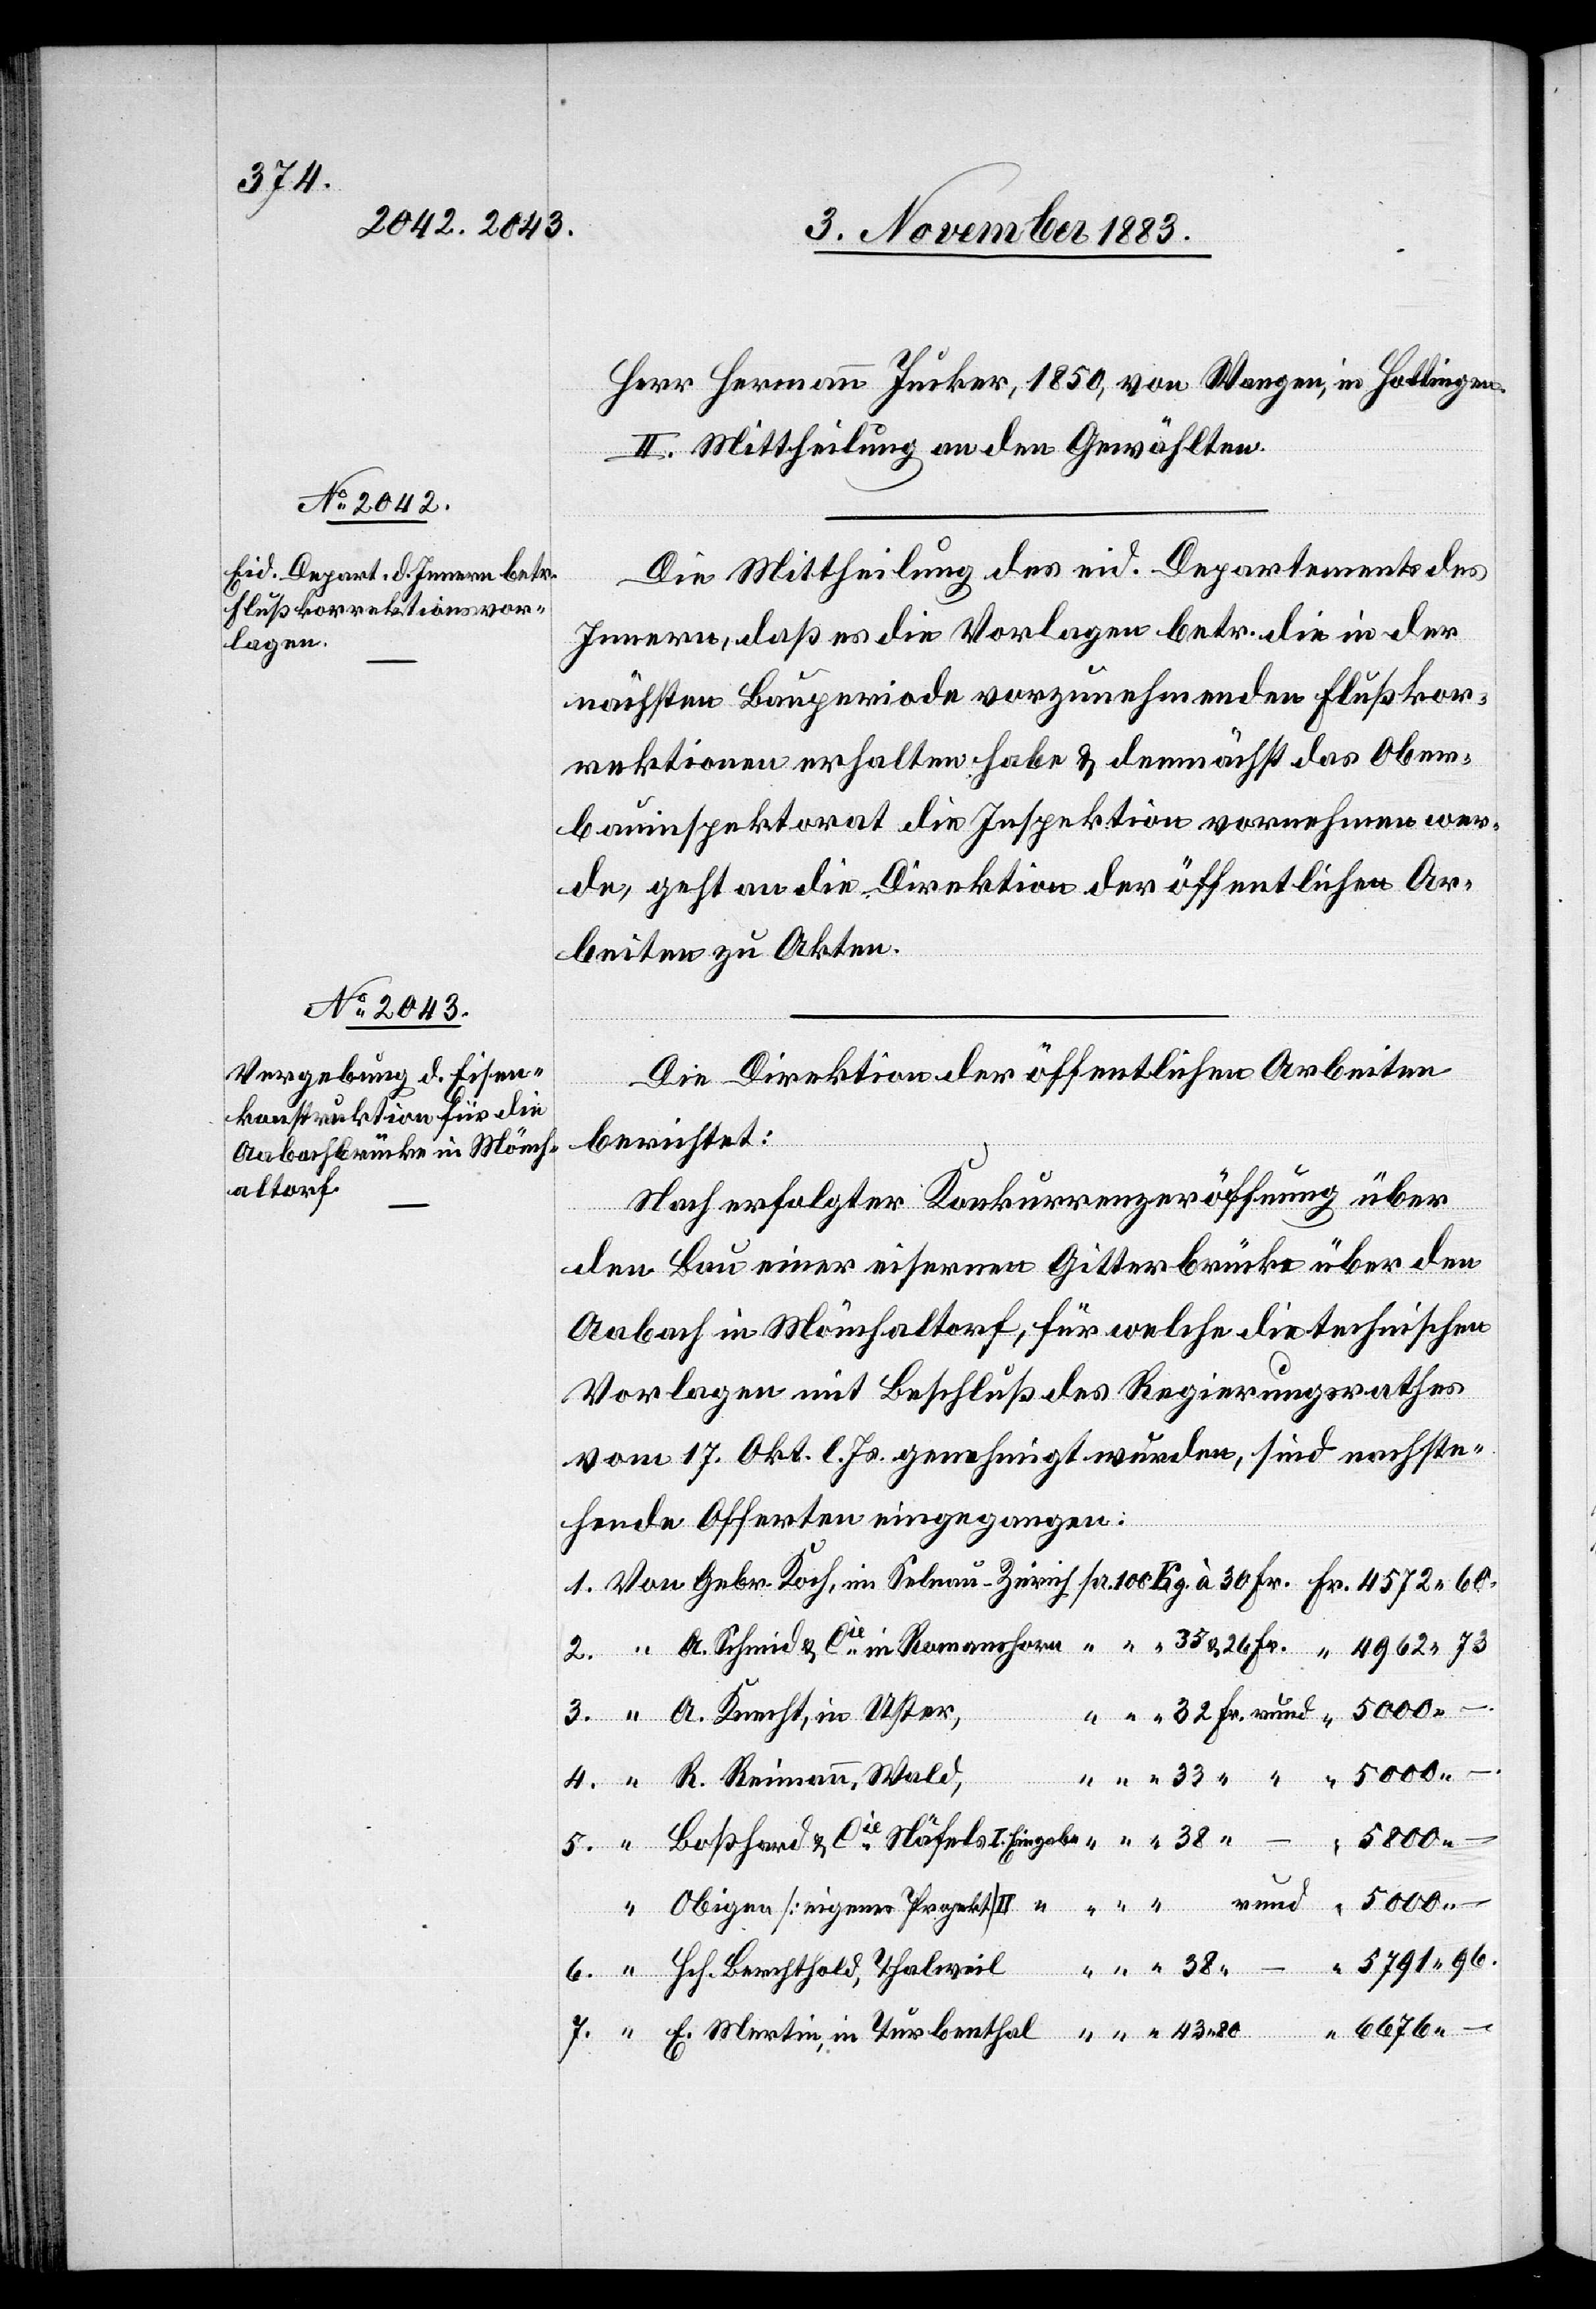
4572 60.

Herr Hermann Jucker, 1850, von Wangen, in Hottingen.
II. Mittheilung an den Gewählten.
Die Mittheilung des eid. Departments des
Innern, daß es die Vorlagen betr. die in der
nächsten Bauperiode vorzunehmenden Flußkor¬
rektionen erhalten habe & demnächst das Ober¬
bauinspektorat die Inspektion vornehmen wer¬
de, geht an die Direktion der öffentlichen Ar¬
beiten zu Akten.
Die Direktion der öffentlichen Arbeiten
Mertin,
berichtet:
Nach erfolgter Konkurrenzeröffnung über
den Bau einer eisernen Gitterbrücke über den
Aabach in Mönchaltorf, für welche die technischen
Vorlagen mit Beschluß des Regierungsrathes
vom 17. Okt. l. Js. genehmigt wurden, sind nachste¬
hende Offerten eingegangen:
A. Knecht, in Uster,
5791 96.
Hch. Berchtold, Thalweil